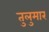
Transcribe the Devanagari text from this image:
तुलुमार